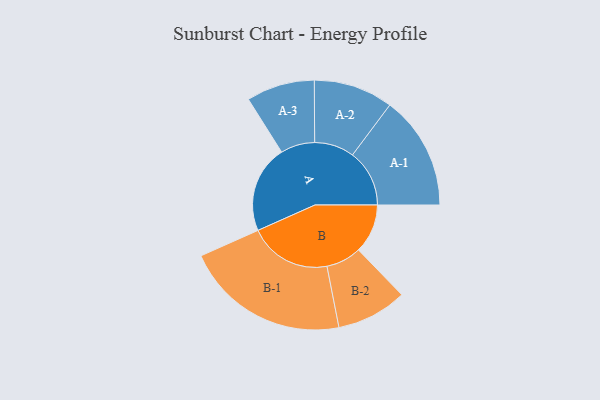
{"axis": {"x": "Segment", "y": "Value"}, "legend": ["", "A", "B"], "data": [{"x": "A", "y": 315, "type": ""}, {"x": "B", "y": 177, "type": ""}, {"x": "A-1", "y": 205, "type": "A"}, {"x": "A-2", "y": 143, "type": "A"}, {"x": "A-3", "y": 123, "type": "A"}, {"x": "B-1", "y": 297, "type": "B"}, {"x": "B-2", "y": 127, "type": "B"}]}